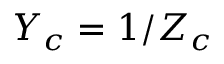
Y _ { c } = 1 / Z _ { c }